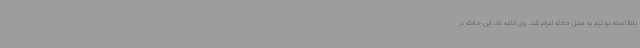
بلافاصله دو تیم به محل حادثه اعزام شد. وی ادامه داد: این حادثه در